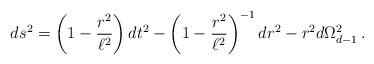
LaTeX: \begin{align*}ds^2=\left(1-\frac{r^2}{\ell^2}\right)dt^2 - \left(1-\frac{r^2}{\ell^2}\right)^{-1} dr^2 -r^2 d\Omega_{d-1}^{2}\,.\end{align*}